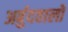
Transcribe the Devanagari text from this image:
अर्बुदवालों